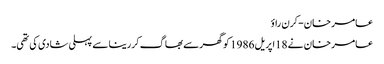
عامر خان-کرن راؤ
عامر خان نے 18اپریل 1986 کو گھرسے بھاگ کررینا سے پہلی شادی کی تھی۔